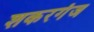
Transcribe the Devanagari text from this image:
शकरगंज